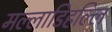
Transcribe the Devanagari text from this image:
मल्‍लाडिहल्‍लि